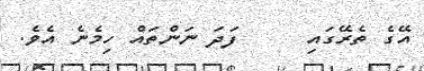
އޭގެ ތެރޭގައި     ފަދަ ނަންތައް ހިމެނެ އެވެ.